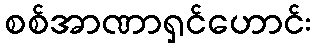
စစ်အာဏာရှင်ဟောင်း